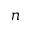
_ n